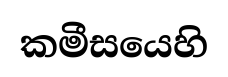
කමීසයෙහි